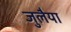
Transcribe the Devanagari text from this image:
जुलैया